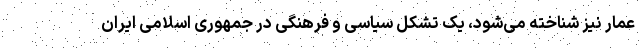
عمار نیز شناخته می‌شود، یک تشکل سیاسی و فرهنگی در جمهوری اسلامی ایران